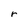
Character: r